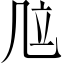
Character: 𠙅